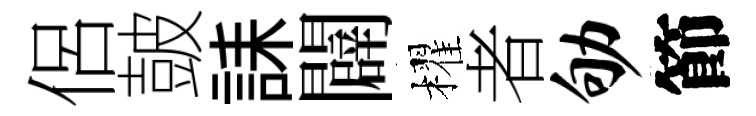
侶皷誄闢櫂者劬節